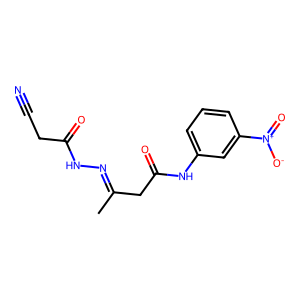
SMILES: CC(CC(=O)Nc1cccc([N+](=O)[O-])c1)=NNC(=O)CC#N
Inhibits HIV replication: No